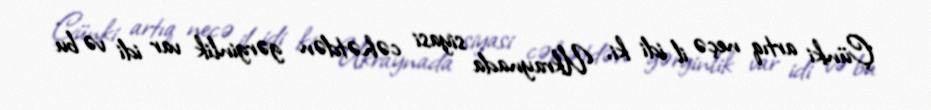
Çünki artıq neçə il idi ki, Ukraynada siyasi cəhətdən gərginlik var idi və bu